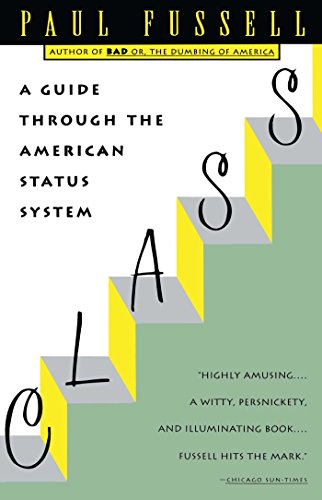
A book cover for Class: A Guide Through the American Status System; Paul Fussell; Medical Books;